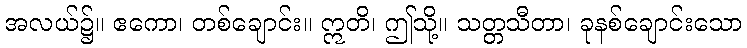
အလယ်၌။ ဧကော၊ တစ်ချောင်း။ ဣတိ၊ ဤသို့။ သတ္တသီတာ၊ ခုနစ်ချောင်းသော